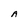
Character: A